Vaccination in Bombay 1913-1923 - 1913-1923
Year: 1913
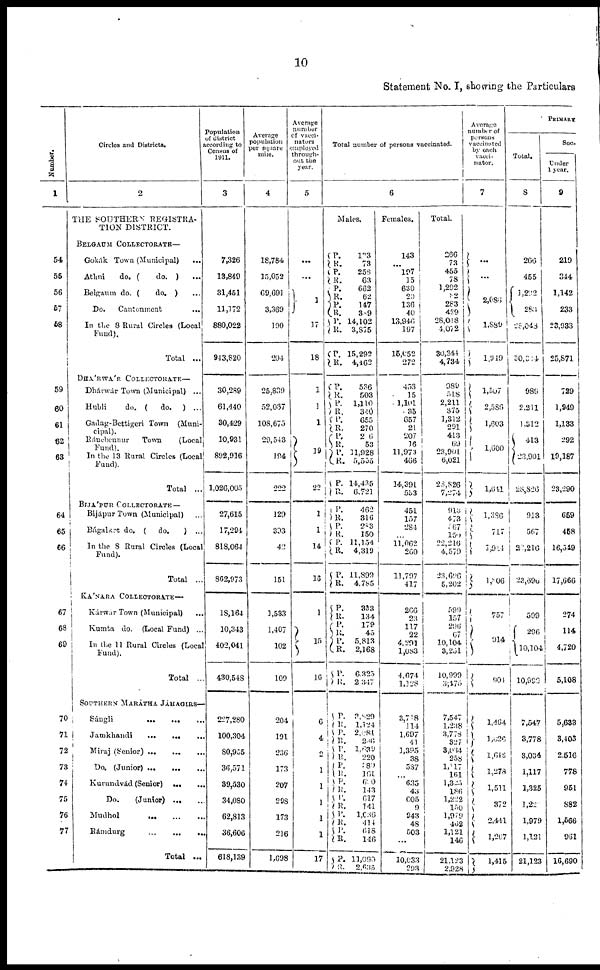
10
Statement No. I, showing the Particulars
Number.
1
54
55
56
57
58
59
60
61
62
63
64
65
66
67
63
69
70
71
72
73
74
75
76
77
Circles and Districts.
2
THE SOUTHERN REGISTRA¬
T10N DISTRICT.
BELGAUM COLLECTORATE—
Gokák Town (Municipal) ...
Athni
do. (
do. ) ...
Belgaum do. (
do. ) ...
Do.
Cantonment
...
In the 8 Rural Circles (Local
Fund).
Total ...
DHÁRWÁR COLLECTORATE—
Dhárwár Town (Municipal) ...
Hubli
do. (
do.
) ...
Gadag-Bettigeri Town (Muni¬
cipal).
Ránebennur Town (Local
Fund).
In the 13 Rural Circles (Local
Fund).
Total ...
BIJÁPUR COLLECTORATE —
Bijápur Town (Municipal) ...
Bálgakot do. (
do.
) ...
In the 8 Rural Circles (Local
Fund).
Total ...
KÁNARA COLLECTORATE—
Kárwar Town (Municipal)
...
Kumta do. (Local Fund) ...
In the 11 Rural Circles (Local
Fund).
Total ..
SOUTHERN MARÁTHA JÁHAGIRS—
Sángli
...
... ...
Jamkhandi
...
...
...
Miraj (Senior)
Do. (Junior) ...
...
Kurundvád (Senior)
... ... ...
Do.
(Junior) ... ...
Mudhol
...
...
...
Rámdurg
...
...
...
Total ...
Population
of district
according to
Census of
1911.
3
7,326
13,849
31,451
11,172
880,022
943,820
30,289
61,440
30,429
10,931
892,916
l,026,005
27,615
17,294
818,064
862,973
18,164
10,343
402,041
430,548
227,280
100,304
80,955
36,571
39,530
34,080
62,813
36,606
618,139
Average
population
per square
mile.
4
18,784
15,052
69,691
3,369
190
204
25,839
52,067
108,675
29,543
194
222
129
393
42
151
1,533
1,407
102
109
Average
number
of vacci¬
nature
employed
through-
out the
year.
5
...
...
1
17
18
1
1
1
19
22
Total number of persons vaccinated.
6
Males.
P.
R.
P.
R.
P.
R.
P.
R.
P.
R.
P.
R.
P.
R.
P.
R.
P.
R.
P.
R.
P.
R.
P.
R.
1
1
14
16
1
15
16
P.
R.
P.
R.
P.
R.
P.
R.
P.
R.
P.
R. P.
R.
P.
R.
204
191
236
173
207
298
173
216
1,698
6
4
2
1
1
1
1
1
17
P.
R.
P.
R. P.
R.
P.
R.
P.
R.
P.
R.
P.
R.
P.
R.
P.
R.
123
73
253
63
662
62
147
339
14,102
3,875
15,292
4,462
536
503
1,110
340
655
270
26
53
11,928
5,555
14,435
6,721
462
316
283
150
11,154
4,319
11,899
4,785
333
134
179
45
5,813
2,168
6,325
2,347
3,829
1,124
2,081
286
1,639
220
989
161
650
143
617
141
1,636
414
618
146
11,090
2,635
Females.
143
...
197
15
630
20
130
40
13,946
197
15,052
272
453
15
l,101
35
657
21
207
16
11,973
466
14,391
553
451
157
284
...
11,062
260
11,797
417
Total.
266
73
455
78
1,202
82
263
429
28,048
4,072
30,344
4,734
989
518
2,211
375
1,312
291
413
69
23,901
6,021
23,826
7,274
Average
number of
persons
vaccinated
by each
vacci¬
nator.
7
...
...
2,086
1,889
1,949
1,507
2,586
1,603
1,600
1,641
913
473
567
150
22,216
4,579
23,696
5,202
266
23
117
22
4,291
l,083
4,674
1,128
3,718
114
1,697
41
1,395
38
537
...
635
43
605
9
943
48
503
...
10,033
293
599
157
296
67
10,104
3,251
10,999
3,475
7,547
1,238
3,778
327
3,034
258
1,117
161
1,325
186
1,222
150
1,979
462
1,121
146
21,123
2,928
1,386
717
1,914
1, 806
757
914
904
1,464
1,026
1,646
1,278
1,511
372
2,441
1,267
1,415
PRIMARY
Total.
8
266
455
1,292
283
28,048
30,014
989
2,211
1,312
413
23,901
28,826
913
567
22,216
23,690
599
296
10,104
10,999
7,547
3,778
3,034
1,117
1,325
1,22
1,979
1,121
21,123
Suc¬
Under
1 year.
9
219
344
1,142
233
23,933
25,871
729
1,949
1,133
292
19,187
23,290
659
458
16,549
17,666
274
114
4,720
5,108
5,633
3,403
2,516
778
951
882
1,566
961
16,690